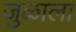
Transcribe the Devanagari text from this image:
जुळाला